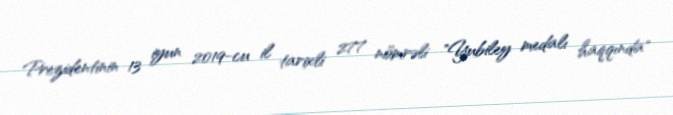
Prezidentinin 13 iyun 2019-cu il tarixli 277 nömrəli "Yubiley medalı haqqında"